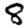
Digit: 8